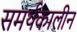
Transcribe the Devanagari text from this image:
समर्थकालीन